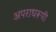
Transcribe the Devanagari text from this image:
अपराधरूपी